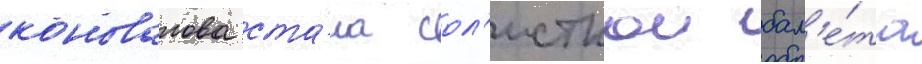
коновалова ста́ла сол'исткои бал'е́та